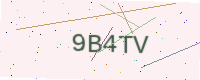
Text: 9B4TV